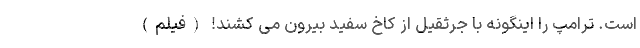
است. ترامپ را اینگونه با جرثقیل از کاخ سفید بیرون می کشند! (فیلم)